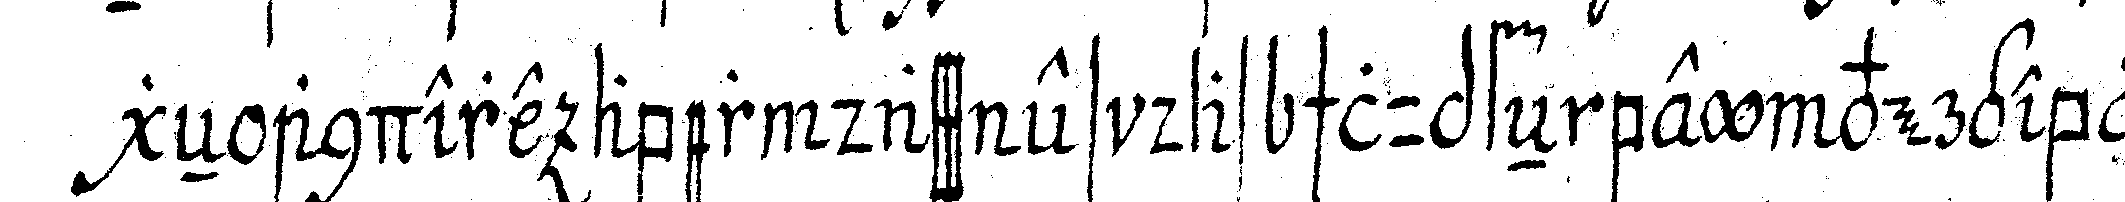
geN andere aber dass es das schlupfeN bey vergeblich